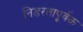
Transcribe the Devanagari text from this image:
निडरतापूर्वक